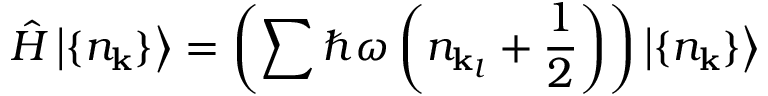
{ \hat { H } } \left| \{ n _ { \mathbf { k } } \} \right\rangle = \left( \sum \hbar \omega \left( n _ { \mathbf { k } _ { l } } + { \frac { 1 } { 2 } } \right) \right) \left| \{ n _ { \mathbf { k } } \} \right\rangle